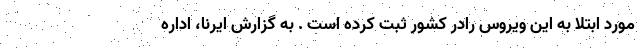
مورد ابتلا به این ویروس رادر کشور ثبت کرده است . به گزارش ایرنا، اداره